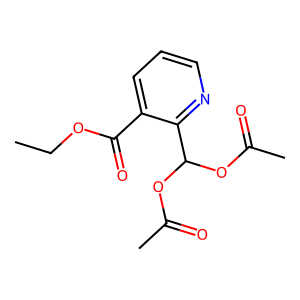
SMILES: CCOC(=O)c1cccnc1C(OC(C)=O)OC(C)=O
Inhibits HIV replication: No